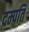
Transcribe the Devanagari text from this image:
दम्‍पति